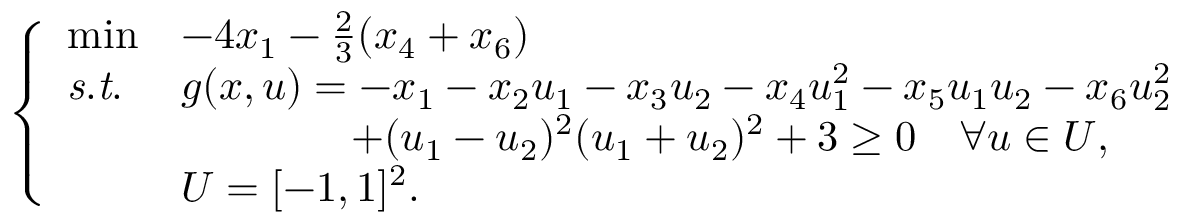
\left\{ \begin{array} { l l l } { \operatorname* { m i n } } & { - 4 x _ { 1 } - \frac { 2 } { 3 } ( x _ { 4 } + x _ { 6 } ) } \\ { \mathit { s . t . } } & { g ( x , u ) = - x _ { 1 } - x _ { 2 } u _ { 1 } - x _ { 3 } u _ { 2 } - x _ { 4 } u _ { 1 } ^ { 2 } - x _ { 5 } u _ { 1 } u _ { 2 } - x _ { 6 } u _ { 2 } ^ { 2 } } \\ & { \quad \quad \quad \quad + ( u _ { 1 } - u _ { 2 } ) ^ { 2 } ( u _ { 1 } + u _ { 2 } ) ^ { 2 } + 3 \geq 0 \quad \forall u \in U , } \\ & { U = [ - 1 , 1 ] ^ { 2 } . } \end{array} \right.